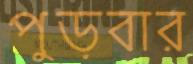
পুড়বার